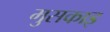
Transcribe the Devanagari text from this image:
मुसकाइ